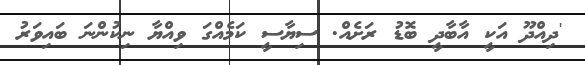
'ދިއްދޫ އަކީ އާބާދީ ބޮޑު ރަށެއް. ސިޔާސީ ކަމެއްގަ ވިއްޔާ ނިކުންނަ ބައިވަރު